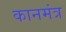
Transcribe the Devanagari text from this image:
कानमंत्र